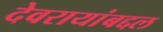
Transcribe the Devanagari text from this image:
देवरायांबद्दल